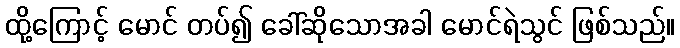
ထို့ကြောင့် မောင် တပ်၍ ခေါ်ဆိုသောအခါ မောင်ရဲသွင် ဖြစ်သည်။